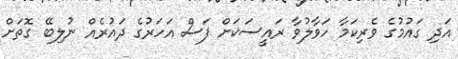
އަދި ގައުމުގެ ވެރިކަމާ ހަވާލުވާ ރައީސަކަށް ފަސް އަހަރުގެ ދައުރެއް ނުލިބޭ ގޮތަށް